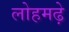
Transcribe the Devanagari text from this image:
लोहमढ़े